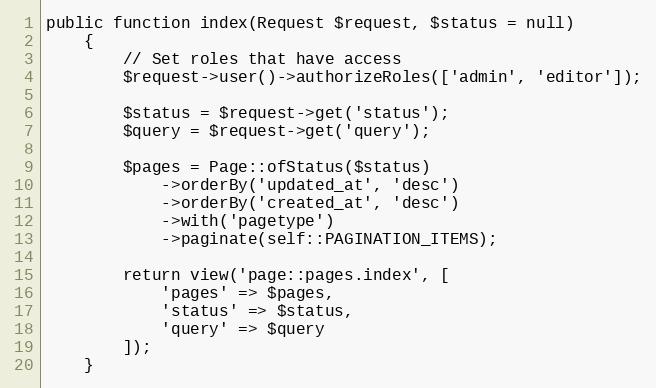
Language: PHP
public function index(Request $request, $status = null)
    {
        // Set roles that have access
        $request->user()->authorizeRoles(['admin', 'editor']);

        $status = $request->get('status');
        $query = $request->get('query');

        $pages = Page::ofStatus($status)
            ->orderBy('updated_at', 'desc')
            ->orderBy('created_at', 'desc')
            ->with('pagetype')
            ->paginate(self::PAGINATION_ITEMS);

        return view('page::pages.index', [
            'pages' => $pages,
            'status' => $status,
            'query' => $query
        ]);
    }